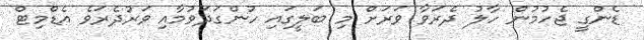
ޑެންގީ ޖެހުމުން ހާލު ދެރަވާ ވަރަށް މި ބަލީގައި ހުންގަދަވުމާއި ވަރުދެރަވެ އެޑްމިޓް